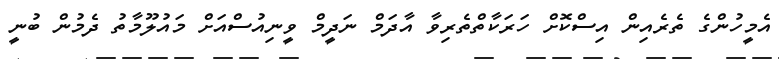
އެމީހުންގެ ތެރެއިން އިސްކޮށް ހަރަކާތްތެރިވާ އާދަމް ނަދީމް ވީނިއުސްއަށް މައުލޫމާތު ދެމުން ބުނީ